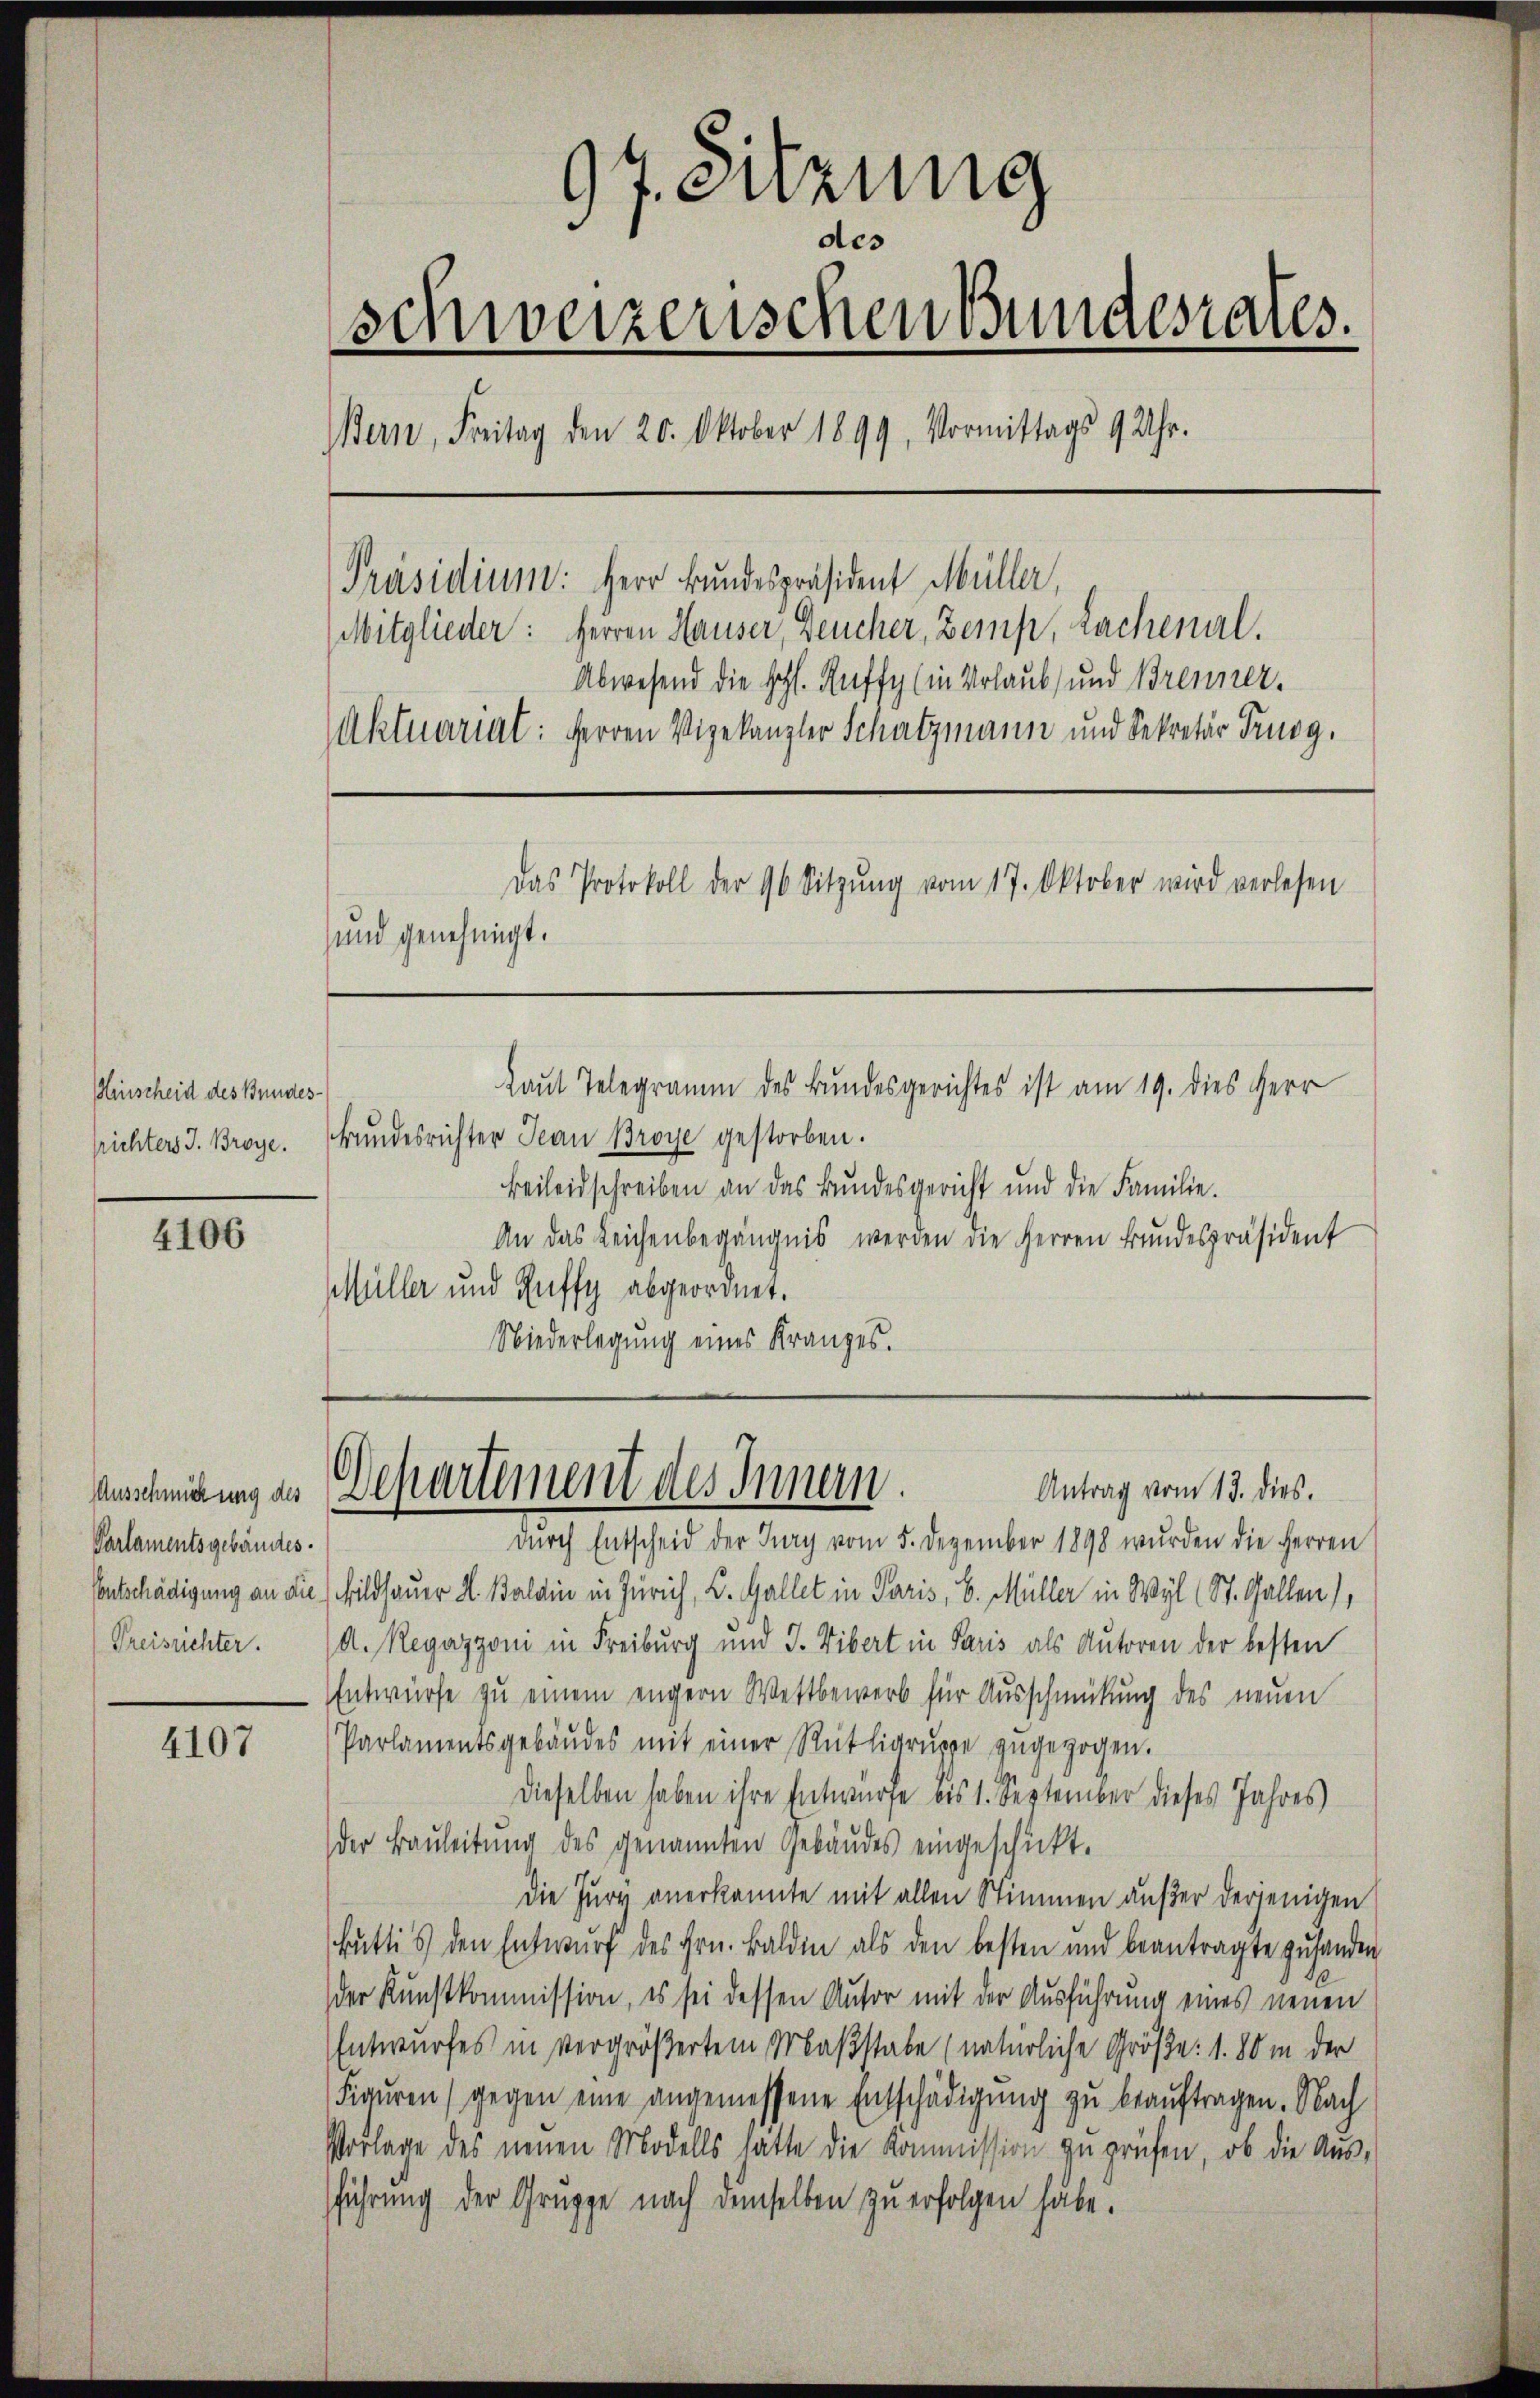
Hinscheid des Bundes-
srichters J. Broye.

4106

Parlamentsgebäudes.

4107

97. Sitzung
des
schweizerischen Bundesrates.
Bern, Freitag den 20. Oktober 1899, Vormittags 9 Uhr.
[Präsidium: Herr Bundespräsident Müller,
(Mitglieder: Herren Hauser, Deucher, Zemp, Lachenal.
Abwesend die schl. Reffy (in Urlaub und Brenner¬
Aktuariat: Herren Vizekanzler Schatzmann und Sekretär Trugg.
Das Protokoll der 96 Sitzŭng vom 17. Oktober wird verlesen
und genehmigt.

Laut Telegramm des Bundesgerichtes ist am 19. dies Herr
Bundesrichter Jean Broye gestorben.
Beileidschreiben an das Bundesgericht und die Familie.
An das Leichenbegängnis werden die Herren Bŭndespräsident
Müller und Guffy abgeordnet.
Niederlegung eines Kranzes.

durch Entscheid der Tag vom 5. Dezember 1898 wurden die Herren
Entschädigung an die Bildsauer K. Baldin in Zürich, L. Gallet in Paris, b. Müller in Wyl (St. Gallen),
Preisüchter. (A. Regazzoni in Freiburg und J. Vibert in Paris als Autoren der besten
Entwürfe zu einem engern Wettbewerb für Ausschmückung des neuen
Parlamentsgebäŭdes mit einer Rütligruppe zugezogen.
Dieselben haben ihre Entwurfe bis 1. September dieses Jahres
der Baŭleitŭng des genannten Gebäŭdes eingeschickt.
Die Jure anerkannte mit allen Stimmen außer derjenigen
Buttis den Entwurf des Hrn. Baldin als den besten und beantragte zu handen
der Kunstkommission, es sei dessen Autor mit der Ausführung eines neuen
Entwurfes in vergrößertem Maßstabe (natürliche Größe: 1. 80 in der
Figuren (gegen eine angemessene Entschädigŭng zŭ beaŭftragen. Nach
Vorlage des neuen Modells hätte die Kommission zu prüfen, ob die Ausführung der Gruppe nach demselben zu erfolgen habe.

Anscheidung an Departement des Innern.
Antrag vom 13. dies.